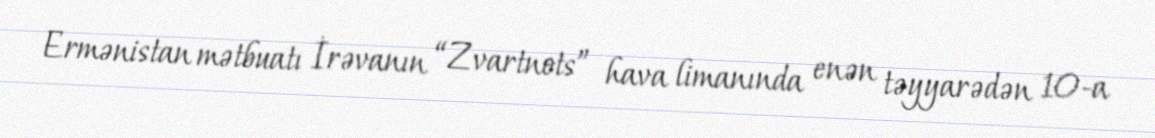
Ermənistan mətbuatı İrəvanın “Zvartnots” hava limanında enən təyyarədən 10-a